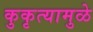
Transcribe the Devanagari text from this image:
कुकृत्यामुळे